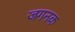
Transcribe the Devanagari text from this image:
जगनक